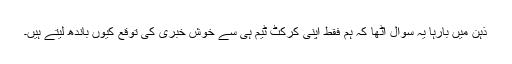
ذہن میں بارہا یہ سوال اٹھا کہ ہم فقط اپنی کرکٹ ٹیم ہی سے خوش خبری کی توقع کیوں باندھ لیتے ہیں۔